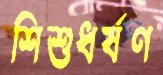
শিশুধর্ষণ